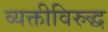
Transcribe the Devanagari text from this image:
व्यक्तीविरुद्ध